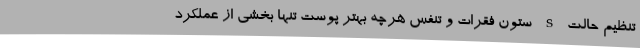
تنظیم حالت s ستون فقرات و تنفس هرچه بهتر پوست تنها بخشی از عملکرد